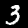
Label: 3